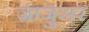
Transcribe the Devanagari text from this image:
जाजुसर